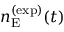
n _ { \mathrm { E } } ^ { ( \mathrm { e x p } ) } ( t )